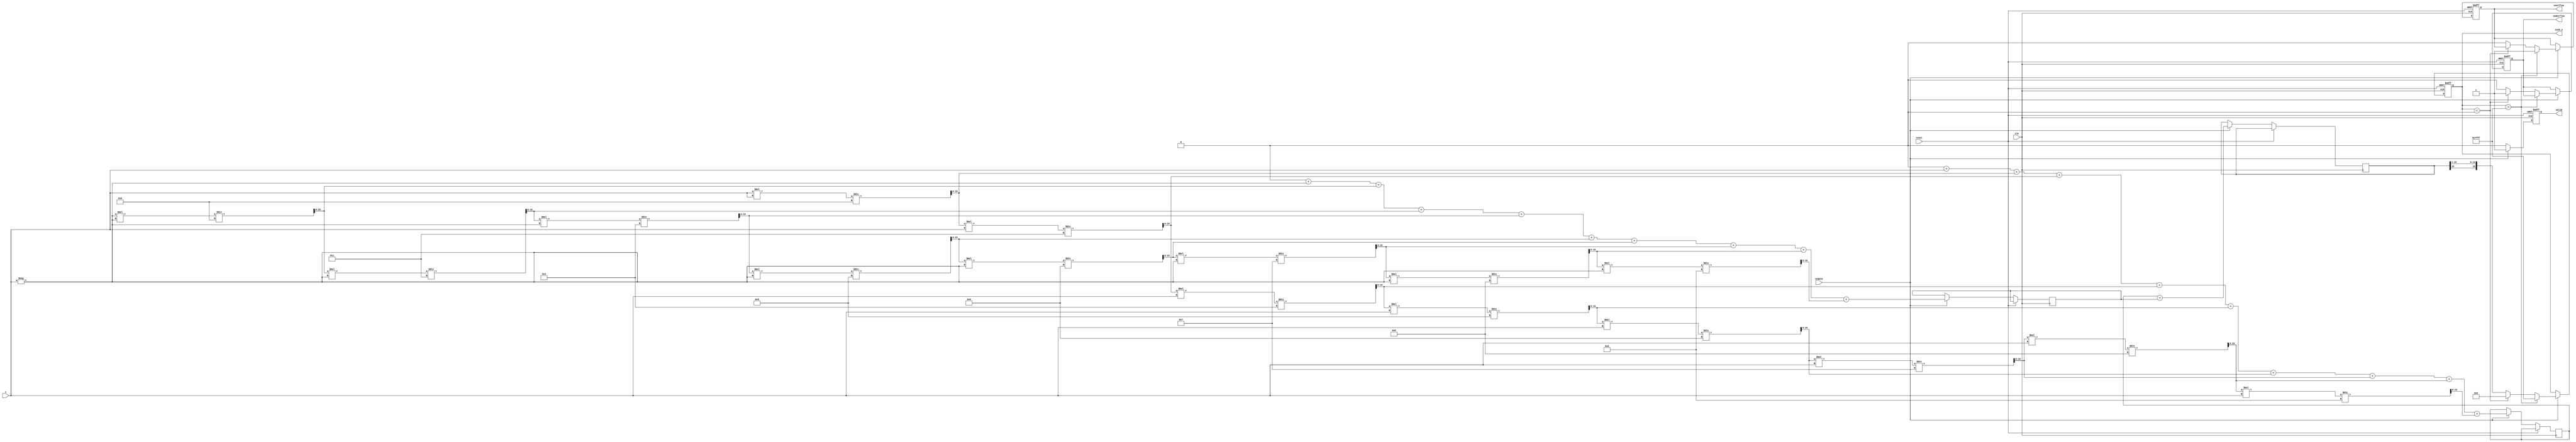
module CoshArithBlock #(
    parameter WIDTH = 16, // Configurable width of input/output
    parameter EXPONENT_BITS = 8, // Example for fixed-point representation
    parameter FRACTION_BITS = WIDTH - EXPONENT_BITS
) (
    input wire clk,
    input wire reset,
    input wire enable,
    input wire signed [WIDTH-1:0] x,
    output reg signed [WIDTH-1:0] cosh_x,
    output reg valid,
    output reg overflow,
    output reg underflow
);

    // Internal signals
    reg signed [WIDTH-1:0] exp_pos, exp_neg;
    reg signed [WIDTH-1:0] temp_result;

    // Exponential function approximation
    function signed [WIDTH-1:0] exp_approx;
        input signed [WIDTH-1:0] x;
        reg signed [WIDTH-1:0] result;
        reg signed [WIDTH-1:0] term;
        integer i;
        begin
            result = 0;
            term = x; // The first term is x^1 / 1!
            for (i = 1; i < 10; i = i + 1) begin // First 10 terms of Taylor series
                result = result + term;
                term = term * x / (i + 1); // x^i / i!
            end
            exp_approx = result;
        end
    endfunction

    // Compute cosh
    always @(posedge clk or posedge reset) begin
        if (reset) begin
            cosh_x <= 0;
            valid <= 0;
            overflow <= 0;
            underflow <= 0;
        end else if (enable) begin
            // Calculate e^x and e^(-x) for cosh(x)
            exp_pos <= exp_approx(x);
            exp_neg <= exp_approx(-x);

            // Compute cosh(x) = (e^x + e^(-x)) / 2
            temp_result <= exp_pos + exp_neg;
            cosh_x <= temp_result >>> 1; // Shift right by 1 for division by 2

            // Check for overflow and underflow
            if (cosh_x > (1 << (WIDTH - 1)) - 1) begin
                overflow <= 1;
                cosh_x <= (1 << (WIDTH - 1)) - 1; // Saturate to max value
            end else if (cosh_x < 0) begin
                underflow <= 1;
                cosh_x <= 0; // Saturate to min value
            end else begin
                overflow <= 0;
                underflow <= 0;
            end
            
            valid <= 1; // Output is valid
        end else begin
            valid <= 0; // Disable valid output if not enabled
        end
    end

endmodule